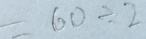
= 6 0 \div 2